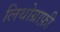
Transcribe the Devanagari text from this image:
लिथोग्राफ़ी